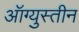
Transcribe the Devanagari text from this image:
ऑग्युस्तीन